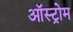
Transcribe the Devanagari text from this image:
ऑस्ट्रोम